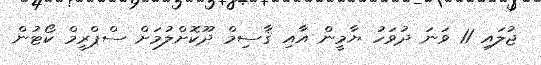
ޖުލައި 11 ވަނަ ދުވަހު ޔާމީން އާއި ޤާސިމް ދޫކޮށްލުމަށް ސްޕްރީމް ކޯޓުން